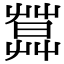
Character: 𦶛